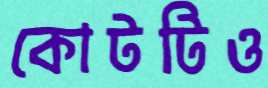
কোটটিও